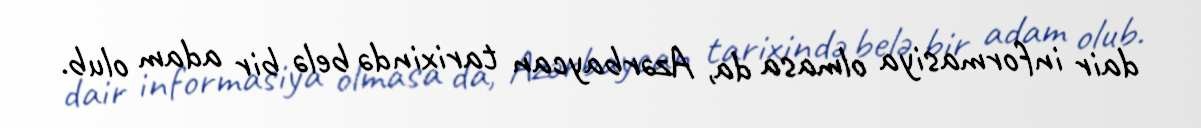
dair informasiya olmasa da, Azərbaycan tarixində belə bir adam olub.